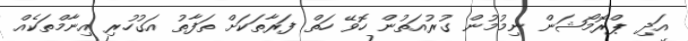
އަދި ޕްރޮމޯޝަން ނިމުމުން ގުރުއަތުން ހޮވޭ ހަތް ފަރާތަކަށް ތަފާތު އަގުހުރި އިނާމްތަކެއް